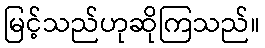
မြင့်သည်ဟုဆိုကြသည်။